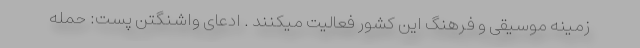
زمینه موسیقی و فرهنگ این کشور فعالیت میکنند . ادعای واشنگتن پست: حمله